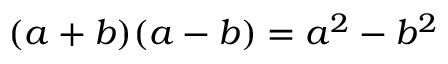
( a + b ) ( a - b ) = a ^ { 2 } - b ^ { 2 }